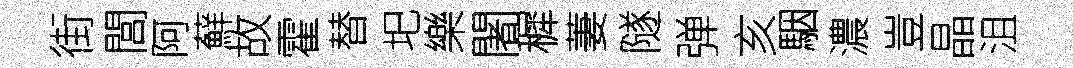
街閭阿蘚故霍替圯樂闍穉萋隧弹亥駰濃豈晶沮